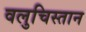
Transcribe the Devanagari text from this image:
वलुचिस्तान